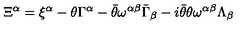
\Xi ^ { \alpha } = \xi ^ { \alpha } - \theta \Gamma ^ { \alpha } - \bar { \theta } \omega ^ { \alpha \beta } \bar { \Gamma } _ { \beta } - i \bar { \theta } \theta \omega ^ { \alpha \beta } \Lambda _ { \beta }